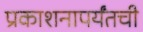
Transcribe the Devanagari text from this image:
प्रकाशनापर्यंतची